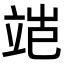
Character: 𬔝